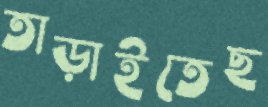
তাড়াইতেছ